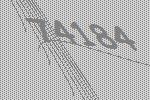
74184